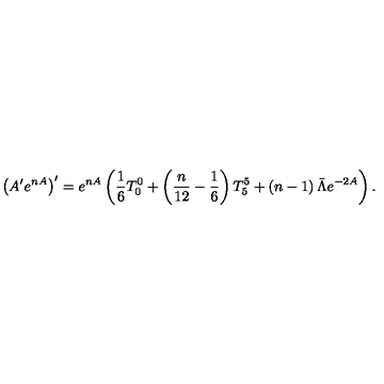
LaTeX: \left( A ^ { \prime } e ^ { n A } \right) ^ { \prime } = e ^ { n A } \left( \frac { 1 } { 6 } T _ { 0 } ^ { 0 } + \left( \frac { n } { 1 2 } - \frac { 1 } { 6 } \right) T _ { 5 } ^ { 5 } + \left( n - 1 \right) \bar { \Lambda } e ^ { - 2 A } \right) .